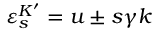
\varepsilon _ { s } ^ { K ^ { \prime } } = u \pm s \gamma k